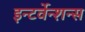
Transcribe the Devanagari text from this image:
इन्टर्वेन्शन्स